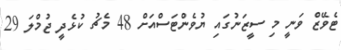
ޓެވޭޒް ވަނީ މި ސީޒަނުގައި ޔުވެންޓަސްއަށް 48 މެޗު ކުޅެދީ ޖުމްލަ 29